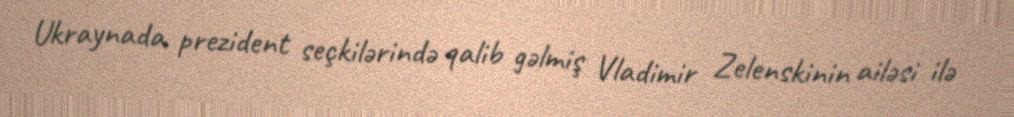
Ukraynada prezident seçkilərində qalib gəlmiş Vladimir Zelenskinin ailəsi ilə